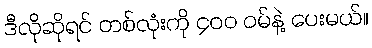
ဒီလိုဆိုရင် တစ်လုံးကို ၄၀၀ ဝမ်နဲ့ ပေးမယ်။